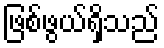
ဖြစ်ဖွယ်ရှိသည်